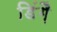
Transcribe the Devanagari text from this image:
डिंग़ै